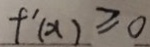
f ^ { \prime } ( x ) \geq 0